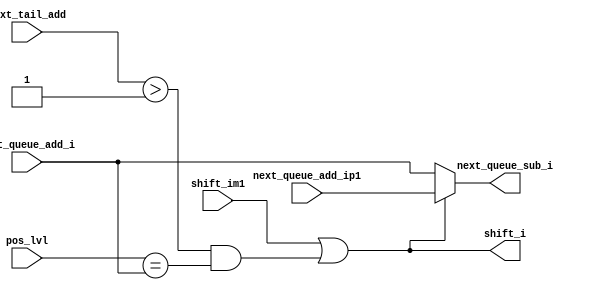
module lvl_i_logic #(parameter i = 1) (
    input [1:0] next_queue_add_i,
    input [1:0] next_queue_add_ip1,
    input [2:0] next_tail_add,
    input [1:0] pos_lvl,
    input shift_im1,
    output [1:0] next_queue_sub_i,
    output shift_i
);
    assign shift_i = shift_im1 | ((next_tail_add > i) & (pos_lvl == next_queue_add_i));
    assign next_queue_sub_i = shift_i ? next_queue_add_ip1 : next_queue_add_i;
endmodule